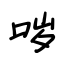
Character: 哕